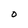
Character: O